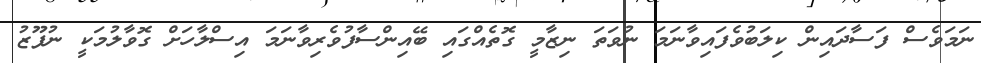
ނަމަވެސް ފަސާދައިން ކިލަބުވެފައިވާނަމަ ނުވަތަ ނިޒާމީ ގޮތެއްގައި ބޭއިންސާފުވެރިވާނަމަ އިސްލާހަށް ގޮވާލުމަކީ ނުފޫޒު